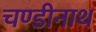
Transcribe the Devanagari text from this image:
चण्‍डीनाथ